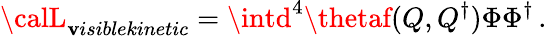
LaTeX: {\calL}_{\mathbf{v}isiblekinetic}=\intd^{4}\thetaf(Q,Q^{\dagger})\Phi\Phi^{\dagger}\, .